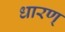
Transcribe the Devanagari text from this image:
धारण्